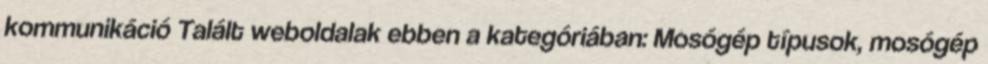
kommunikáció Talált weboldalak ebben a kategóriában: Mosógép típusok, mosógép